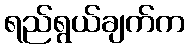
ရည်ရွယ်ချက်က